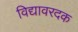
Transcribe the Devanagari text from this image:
विद्यावरदक